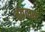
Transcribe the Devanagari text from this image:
तंतवाय